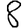
Digit: 8